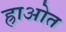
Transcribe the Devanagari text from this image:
ह्राओत